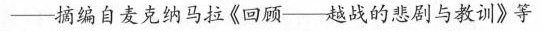
-----摘编自麦克纳马拉《回顾--越战的悲剧与教训》等